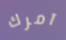
آمرك